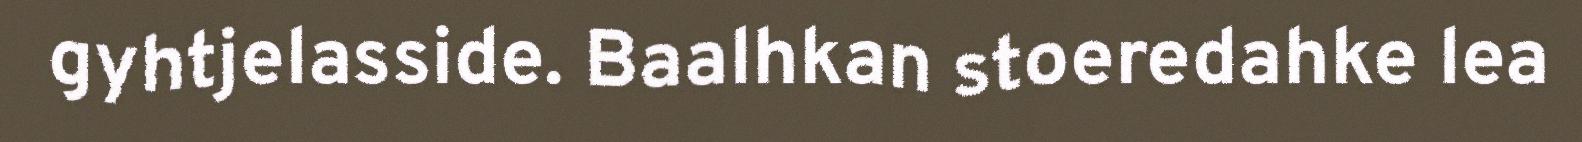
gyhtjelasside. Baalhkan stoeredahke lea